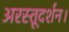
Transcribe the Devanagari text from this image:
अरस्तूदर्शन।